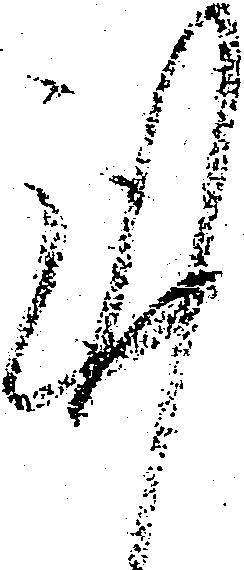
謹